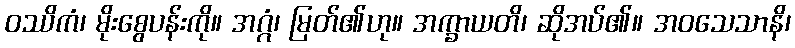
ဝဿိကံ၊ မိုးစွေပန်းကို။ အဂ္ဂံ၊ မြတ်၏ဟု။ အက္ခာယတိ၊ ဆိုအပ်၏။ အဝသေသာနိ၊